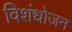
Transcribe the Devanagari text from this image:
विशंधोजन